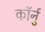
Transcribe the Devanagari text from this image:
कॉर्नु